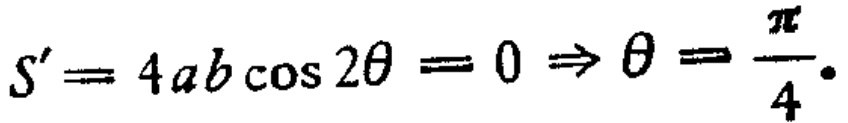
\[S' = 4ab\cos 2\theta = 0 \Rightarrow \theta = \frac{\pi}{4}.\]